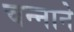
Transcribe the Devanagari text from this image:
चन्‍नाने